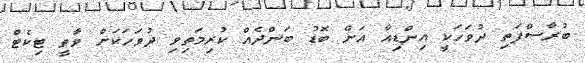
ބުރާސްފަތި ދުވަހަކީ އިންޑިއާ އަށް ބޮޑު ބަންދެއް ކުރިމަތިވި ދުވަހަކަށް ވާތީ ޓިކެޓް